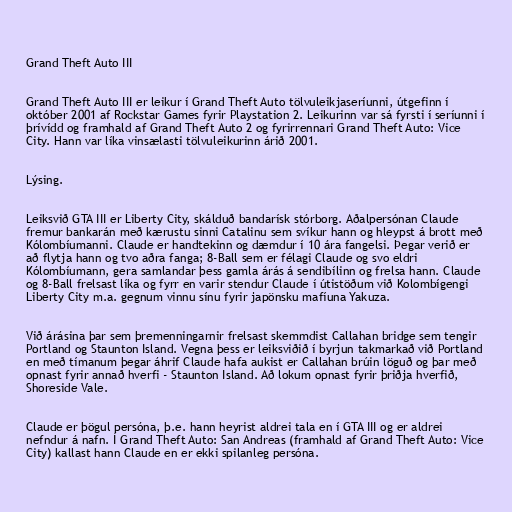
Grand Theft Auto III

Grand Theft Auto III er leikur í Grand Theft Auto tölvuleikjaseríunni, útgefinn í
október 2001 af Rockstar Games fyrir Playstation 2. Leikurinn var sá fyrsti í seríunni í
þrívídd og framhald af Grand Theft Auto 2 og fyrirrennari Grand Theft Auto: Vice
City. Hann var líka vinsælasti tölvuleikurinn árið 2001.

Lýsing.

Leiksvið GTA III er Liberty City, skálduð bandarísk stórborg. Aðalpersónan Claude
fremur bankarán með kærustu sinni Catalinu sem svíkur hann og hleypst á brott með
Kólombíumanni. Claude er handtekinn og dæmdur í 10 ára fangelsi. Þegar verið er
að flytja hann og tvo aðra fanga; 8-Ball sem er félagi Claude og svo eldri
Kólombíumann, gera samlandar þess gamla árás á sendibílinn og frelsa hann. Claude
og 8-Ball frelsast líka og fyrr en varir stendur Claude í útistöðum við Kolombígengi
Liberty City m.a. gegnum vinnu sínu fyrir japönsku mafíuna Yakuza.

Við árásina þar sem þremenningarnir frelsast skemmdist Callahan bridge sem tengir
Portland og Staunton Island. Vegna þess er leiksviðið í byrjun takmarkað við Portland
en með tímanum þegar áhrif Claude hafa aukist er Callahan brúin löguð og þar með
opnast fyrir annað hverfi - Staunton Island. Að lokum opnast fyrir þriðja hverfið,
Shoreside Vale.

Claude er þögul persóna, þ.e. hann heyrist aldrei tala en í GTA III og er aldrei
nefndur á nafn. Í Grand Theft Auto: San Andreas (framhald af Grand Theft Auto: Vice
City) kallast hann Claude en er ekki spilanleg persóna.